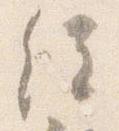
経